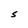
Character: S